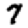
Digit: 7